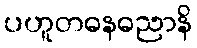
ပဟူတဓနဓညာနိ